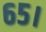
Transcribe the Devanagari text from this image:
६५।